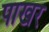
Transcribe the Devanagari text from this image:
पाखर